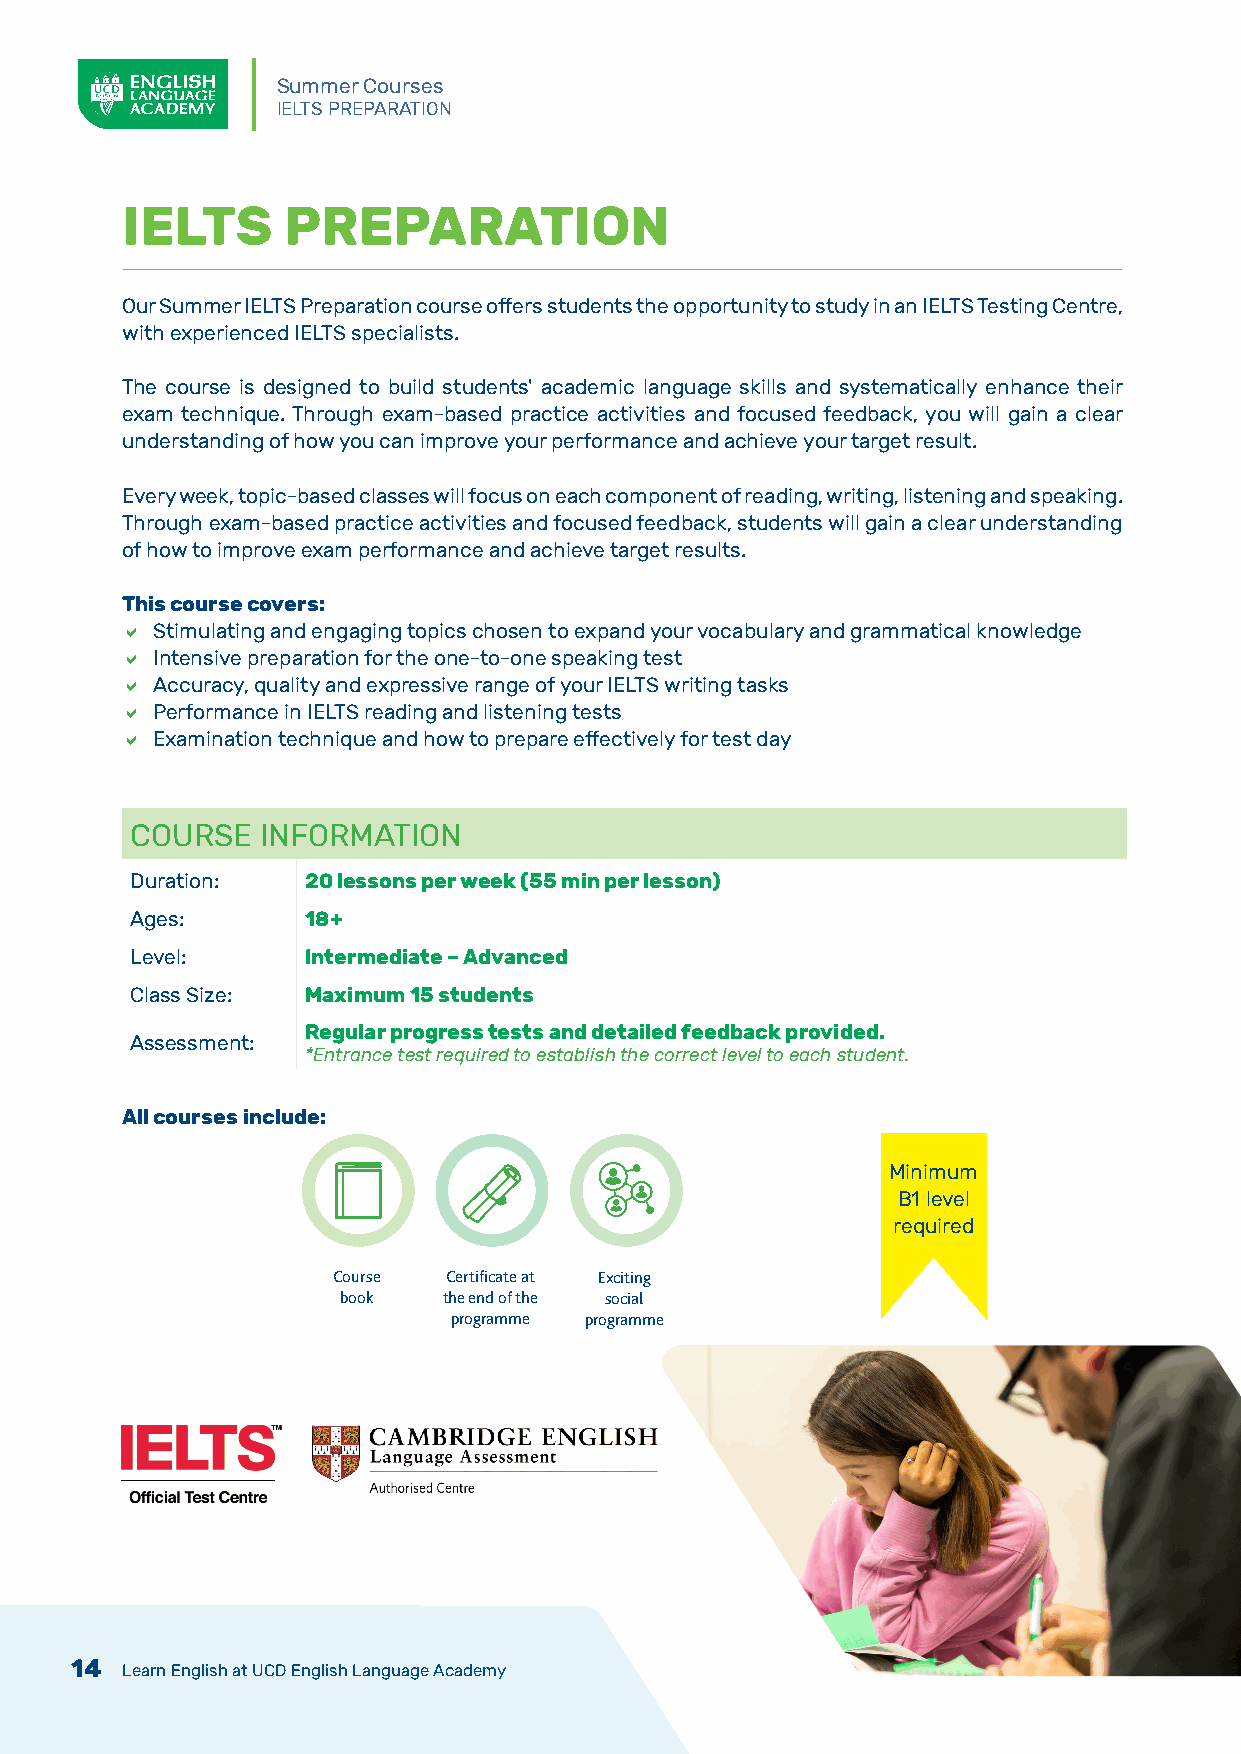
Summer Courses
 IELTS PREPARATION
 IELTS      PREPARATION
 Our Summer IELTS Preparation course offers students the opportunity to study in an IELTS Testing Centre,
 with experienced IELTS specialists.
 The course is designed to build students' academic language skills and systematically enhance their
 exam technique. Through exam-based practice activities and focused feedback, you will gain a clear
 understanding of how you can improve your performance and achieve your target result.
 Every week, topic-based classes will focus on each component of reading, writing, listening and speaking.
 Through exam-based practice activities and focused feedback, students will gain a clear understanding
 of how to improve exam performance and achieve target results.
 This course covers:
  Stimulating and engaging topics chosen to expand your vocabulary and grammatical knowledge
  Intensive preparation for the one-to-one speaking test
  Accuracy, quality and expressive range of your IELTS writing tasks
  Performance in IELTS reading and listening tests
  Examination technique and how to prepare effectively for test day
 COURSE  INFORMATION
 Duration:  20 lessons per week (55 min per lesson)
 Ages:      18+
 Level:     Intermediate – Advanced
 Class Size: Maximum 15 students
 Regular progress tests and detailed feedback provided.
 Assessment:
 *Entrance test required to establish the correct level to each student.
 All courses include:
 Minimum
 B1 level
 required
 Course  Certificate at Exciting
 book  the end of the social
 programme programme
 14 Learn English at UCD English Language Academy